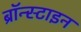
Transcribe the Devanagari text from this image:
ब्रॉन्स्टाइन